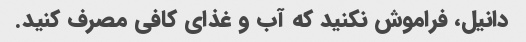
دانیل، فراموش نکنید که آب و غذای کافی مصرف کنید.